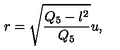
r = \sqrt { \frac { Q _ { 5 } - l ^ { 2 } } { Q _ { 5 } } } u ,